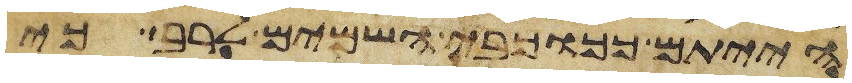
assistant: הייתם ככוכבי השמים לרב כי